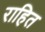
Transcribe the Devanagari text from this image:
राहित